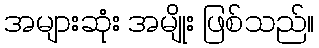
အများဆုံး အမျိုး ဖြစ်သည်။